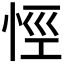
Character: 𢙼